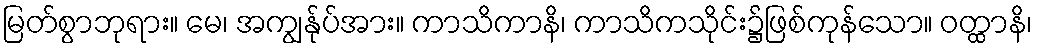
မြတ်စွာဘုရား။ မေ၊ အကျွန်ုပ်အား။ ကာသိကာနိ၊ ကာသိကသိုင်း၌ဖြစ်ကုန်သော။ ဝတ္ထာနိ၊